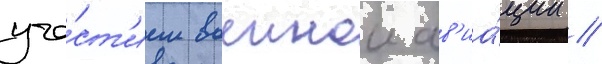
уча́ст'ием военнои ав'иа́ции //